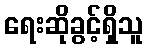
ရေးဆိုခွင့်ရှိသူ